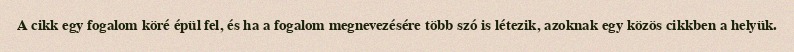
A cikk egy fogalom köré épül fel, és ha a fogalom megnevezésére több szó is létezik, azoknak egy közös cikkben a helyük.